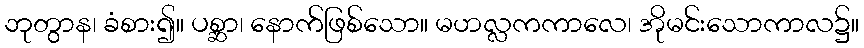
ဘုတွာန၊ ခံစား၍။ ပစ္ဆာ၊ နောက်ဖြစ်သော။ မဟလ္လကကာလေ၊ အိုမင်းသောကာလ၌။